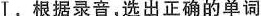
Ⅰ.根据录音,选出正确的单词